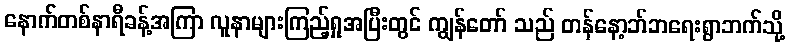
နောက်တစ်နာရီခန့်အကြာ လူနာများကြည့်ရှုအပြီးတွင် ကျွန်တော် သည် တန်နော့ဘ်ဘရေးရွာဘက်သို့